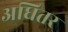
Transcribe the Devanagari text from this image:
अधितर